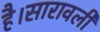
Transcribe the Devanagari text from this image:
है।सारावली